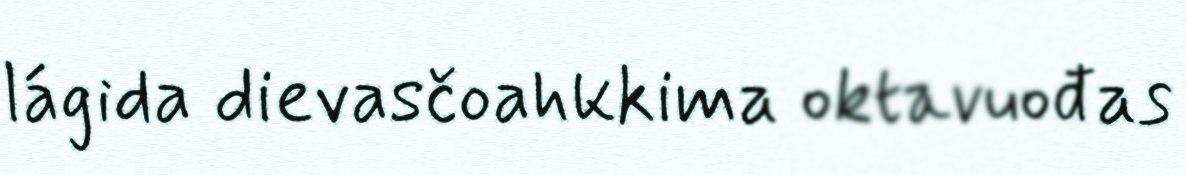
lágida dievasčoahkkima oktavuođas